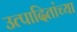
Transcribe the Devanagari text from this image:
उत्पादितांच्या